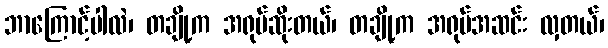
ဘာကြောင့်ပါလဲ၊ တချို့က အရုပ်ဆိုးတယ်၊ တချို့က အရုပ်အဆင်း လှတယ်၊